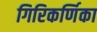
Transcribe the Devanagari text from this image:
गिरिकर्णिका